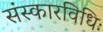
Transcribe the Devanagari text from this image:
संस्कारविधिः